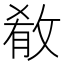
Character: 𫾼